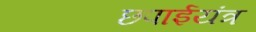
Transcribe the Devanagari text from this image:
छपाईयंत्र